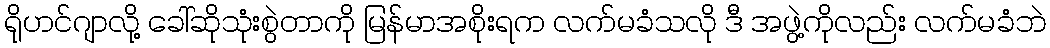
ရိုဟင်ဂျာလို့ ခေါ်ဆိုသုံးစွဲတာကို မြန်မာအစိုးရက လက်မခံသလို ဒီ အဖွဲ့ကိုလည်း လက်မခံဘဲ